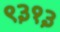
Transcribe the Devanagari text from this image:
९३१३